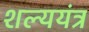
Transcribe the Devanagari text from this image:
शल्ययंत्र